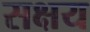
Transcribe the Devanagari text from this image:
सक्षय